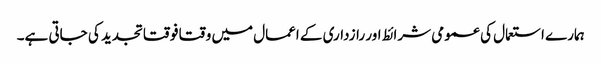
ہمارے استعمال کی عمومی شرائط اور رازداری کے اعمال میں وقتا فوقتا تجدید کی جاتی ہے۔